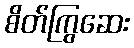
စိတ်ကြွဆေး